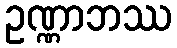
ဥဏ္ဏာဘဿ